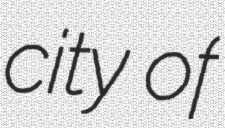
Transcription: city of